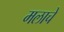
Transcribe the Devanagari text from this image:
मलाचे